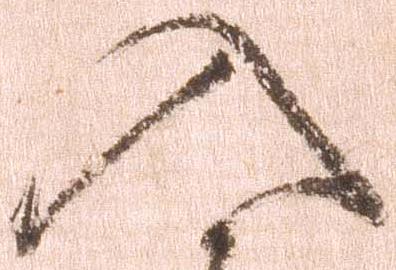
入